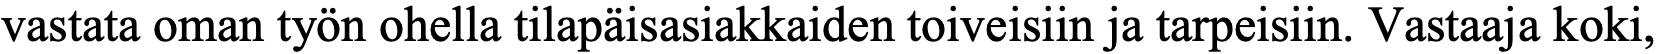
vastata oman työn ohella tilapäisasiakkaiden toiveisiin ja tarpeisiin. Vastaaja koki,